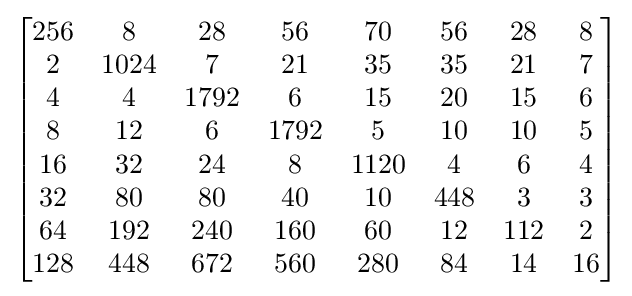
{\begin{bmatrix}{\begin{matrix}256&8&28&56&70&56&28&8\\2&1024&7&21&35&35&21&7\\4&4&1792&6&15&20&15&6\\8&12&6&1792&5&10&10&5\\16&32&24&8&1120&4&6&4\\32&80&80&40&10&448&3&3\\64&192&240&160&60&12&112&2\\128&448&672&560&280&84&14&16\end{matrix}}\end{bmatrix}}